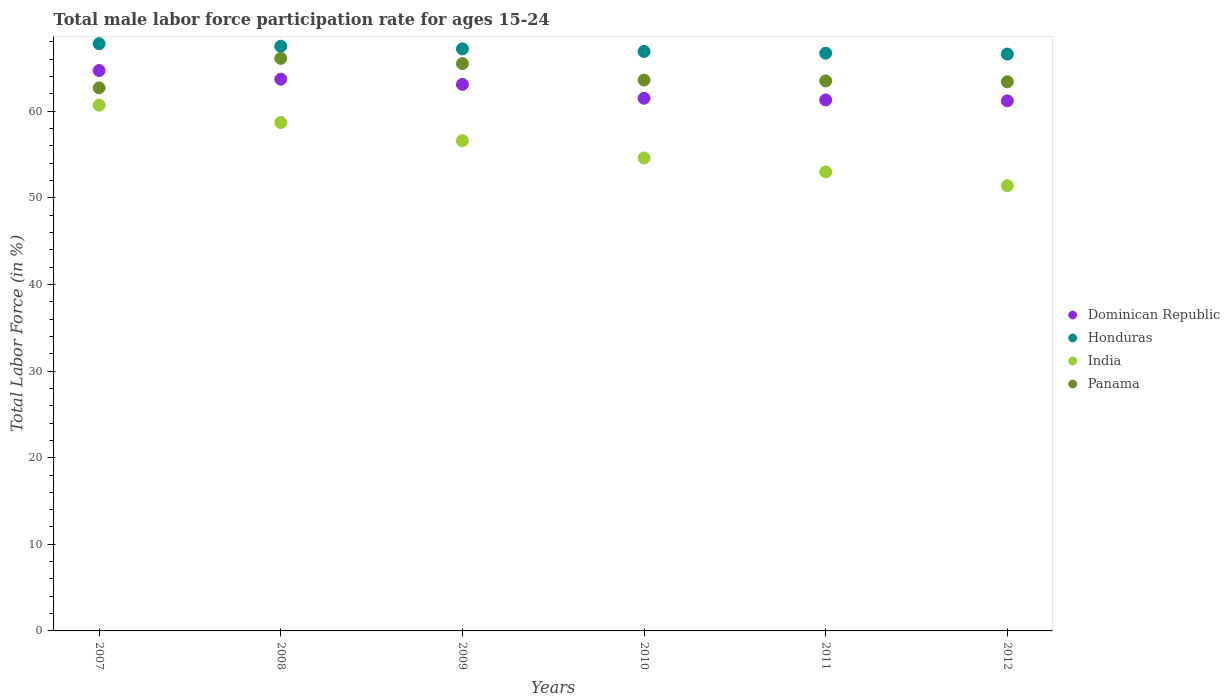
| Years | Dominican Republic | Honduras | India | Panama |
 | --- | --- | --- | --- | --- |
 | 2007 | 64.7 | 67.8 | 60.7 | 62.7 |
 | 2008 | 63.7 | 67.5 | 58.7 | 66.1 |
 | 2009 | 63.1 | 67.2 | 56.6 | 65.5 |
 | 2010 | 61.5 | 66.9 | 54.6 | 63.6 |
 | 2011 | 61.3 | 66.7 | 53 | 63.5 |
 | 2012 | 61.2 | 66.6 | 51.4 | 63.4 |